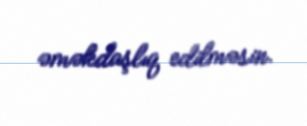
əməkdaşlıq edilməsin.